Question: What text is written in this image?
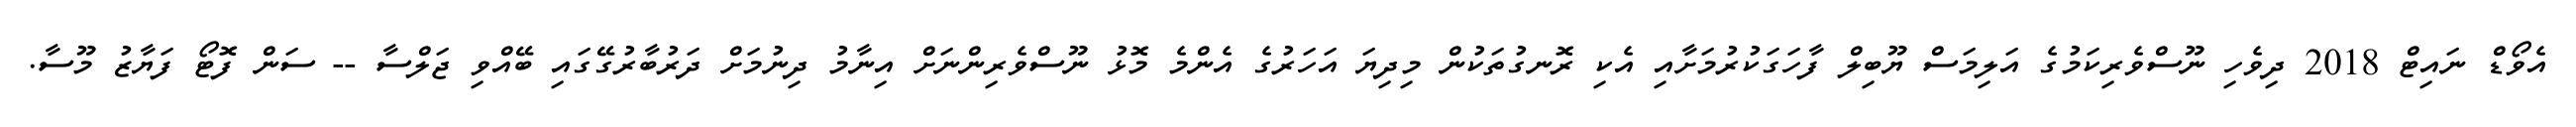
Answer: އެވޯޑް ނައިޓް 2018 ދިވެހި ނޫސްވެރިކަމުގެ އަލިމަސް ޔޫބިލް ފާހަގަކުރުމަށާއި އެކި ރޮނގުތަކުން މިދިޔަ އަހަރުގެ އެންމެ މޮޅު ނޫސްވެރިންނަށް އިނާމު ދިނުމަށް ދަރުބާރުގޭގައި ބޭއްވި ޖަލްސާ -- ސަން ފޮޓޯ ފަޔާޒު މޫސާ.